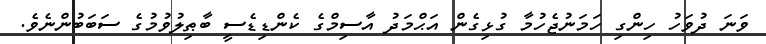
ވަނަ ދުވަހު ހިންގި ހަމަނުޖެހުމާ ގުޅިގެން އަޙްމަދު އާސިމްގެ ކެންޑިޑެސީ ބާޠިލުވުމުގެ ސަބަބުންނެވެ.